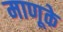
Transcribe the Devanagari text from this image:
माणूके